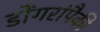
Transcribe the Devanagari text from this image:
डोंगरांपैकी